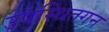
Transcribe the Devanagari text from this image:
उपस्थितगन